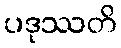
ပဒုဿတိ